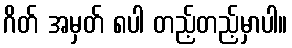
ဂိတ် အမှတ် ၈ပါ တည့်တည့်မှာပါ။